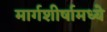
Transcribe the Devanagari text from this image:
मार्गशीर्षामध्ये